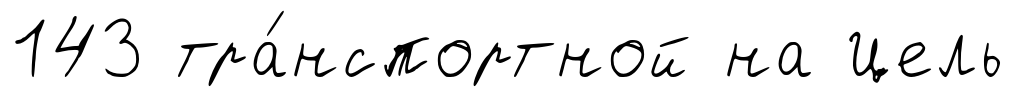
143 тра́нспортной на Цель